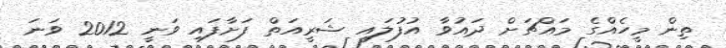
ތިން މީހެއްގެ މައްޗަށް ދައުވާ އުފުލައި ޝަރީއަތް ފަށާފައި ވަނީ 2012 ވަނަ